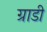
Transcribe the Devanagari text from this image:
ग्राडी